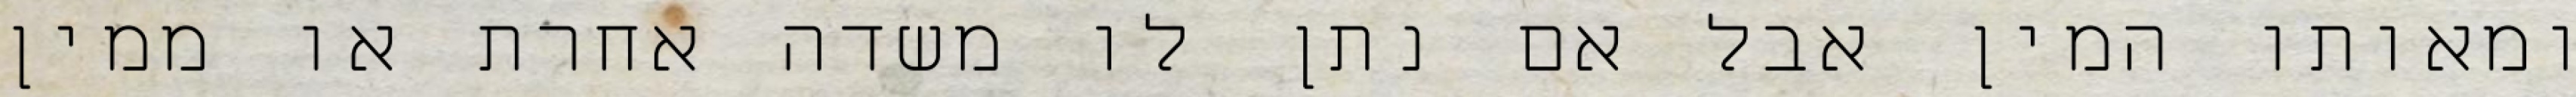
ומאותו המין אבל אם נתן לו משדה אחרת או ממין